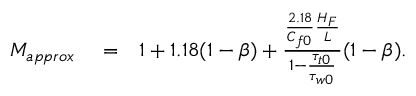
\begin{array} { r l r } { M _ { a p p r o x } } & { { } = } & { 1 + 1 . 1 8 ( 1 - \beta ) + \frac { \frac { 2 . 1 8 } { C _ { f 0 } } \frac { H _ { F } } { L } } { 1 - \frac { \tau _ { t 0 } } { \tau _ { w 0 } } } ( 1 - \beta ) . } \end{array}